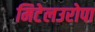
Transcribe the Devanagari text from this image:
मिटेलउरोपा